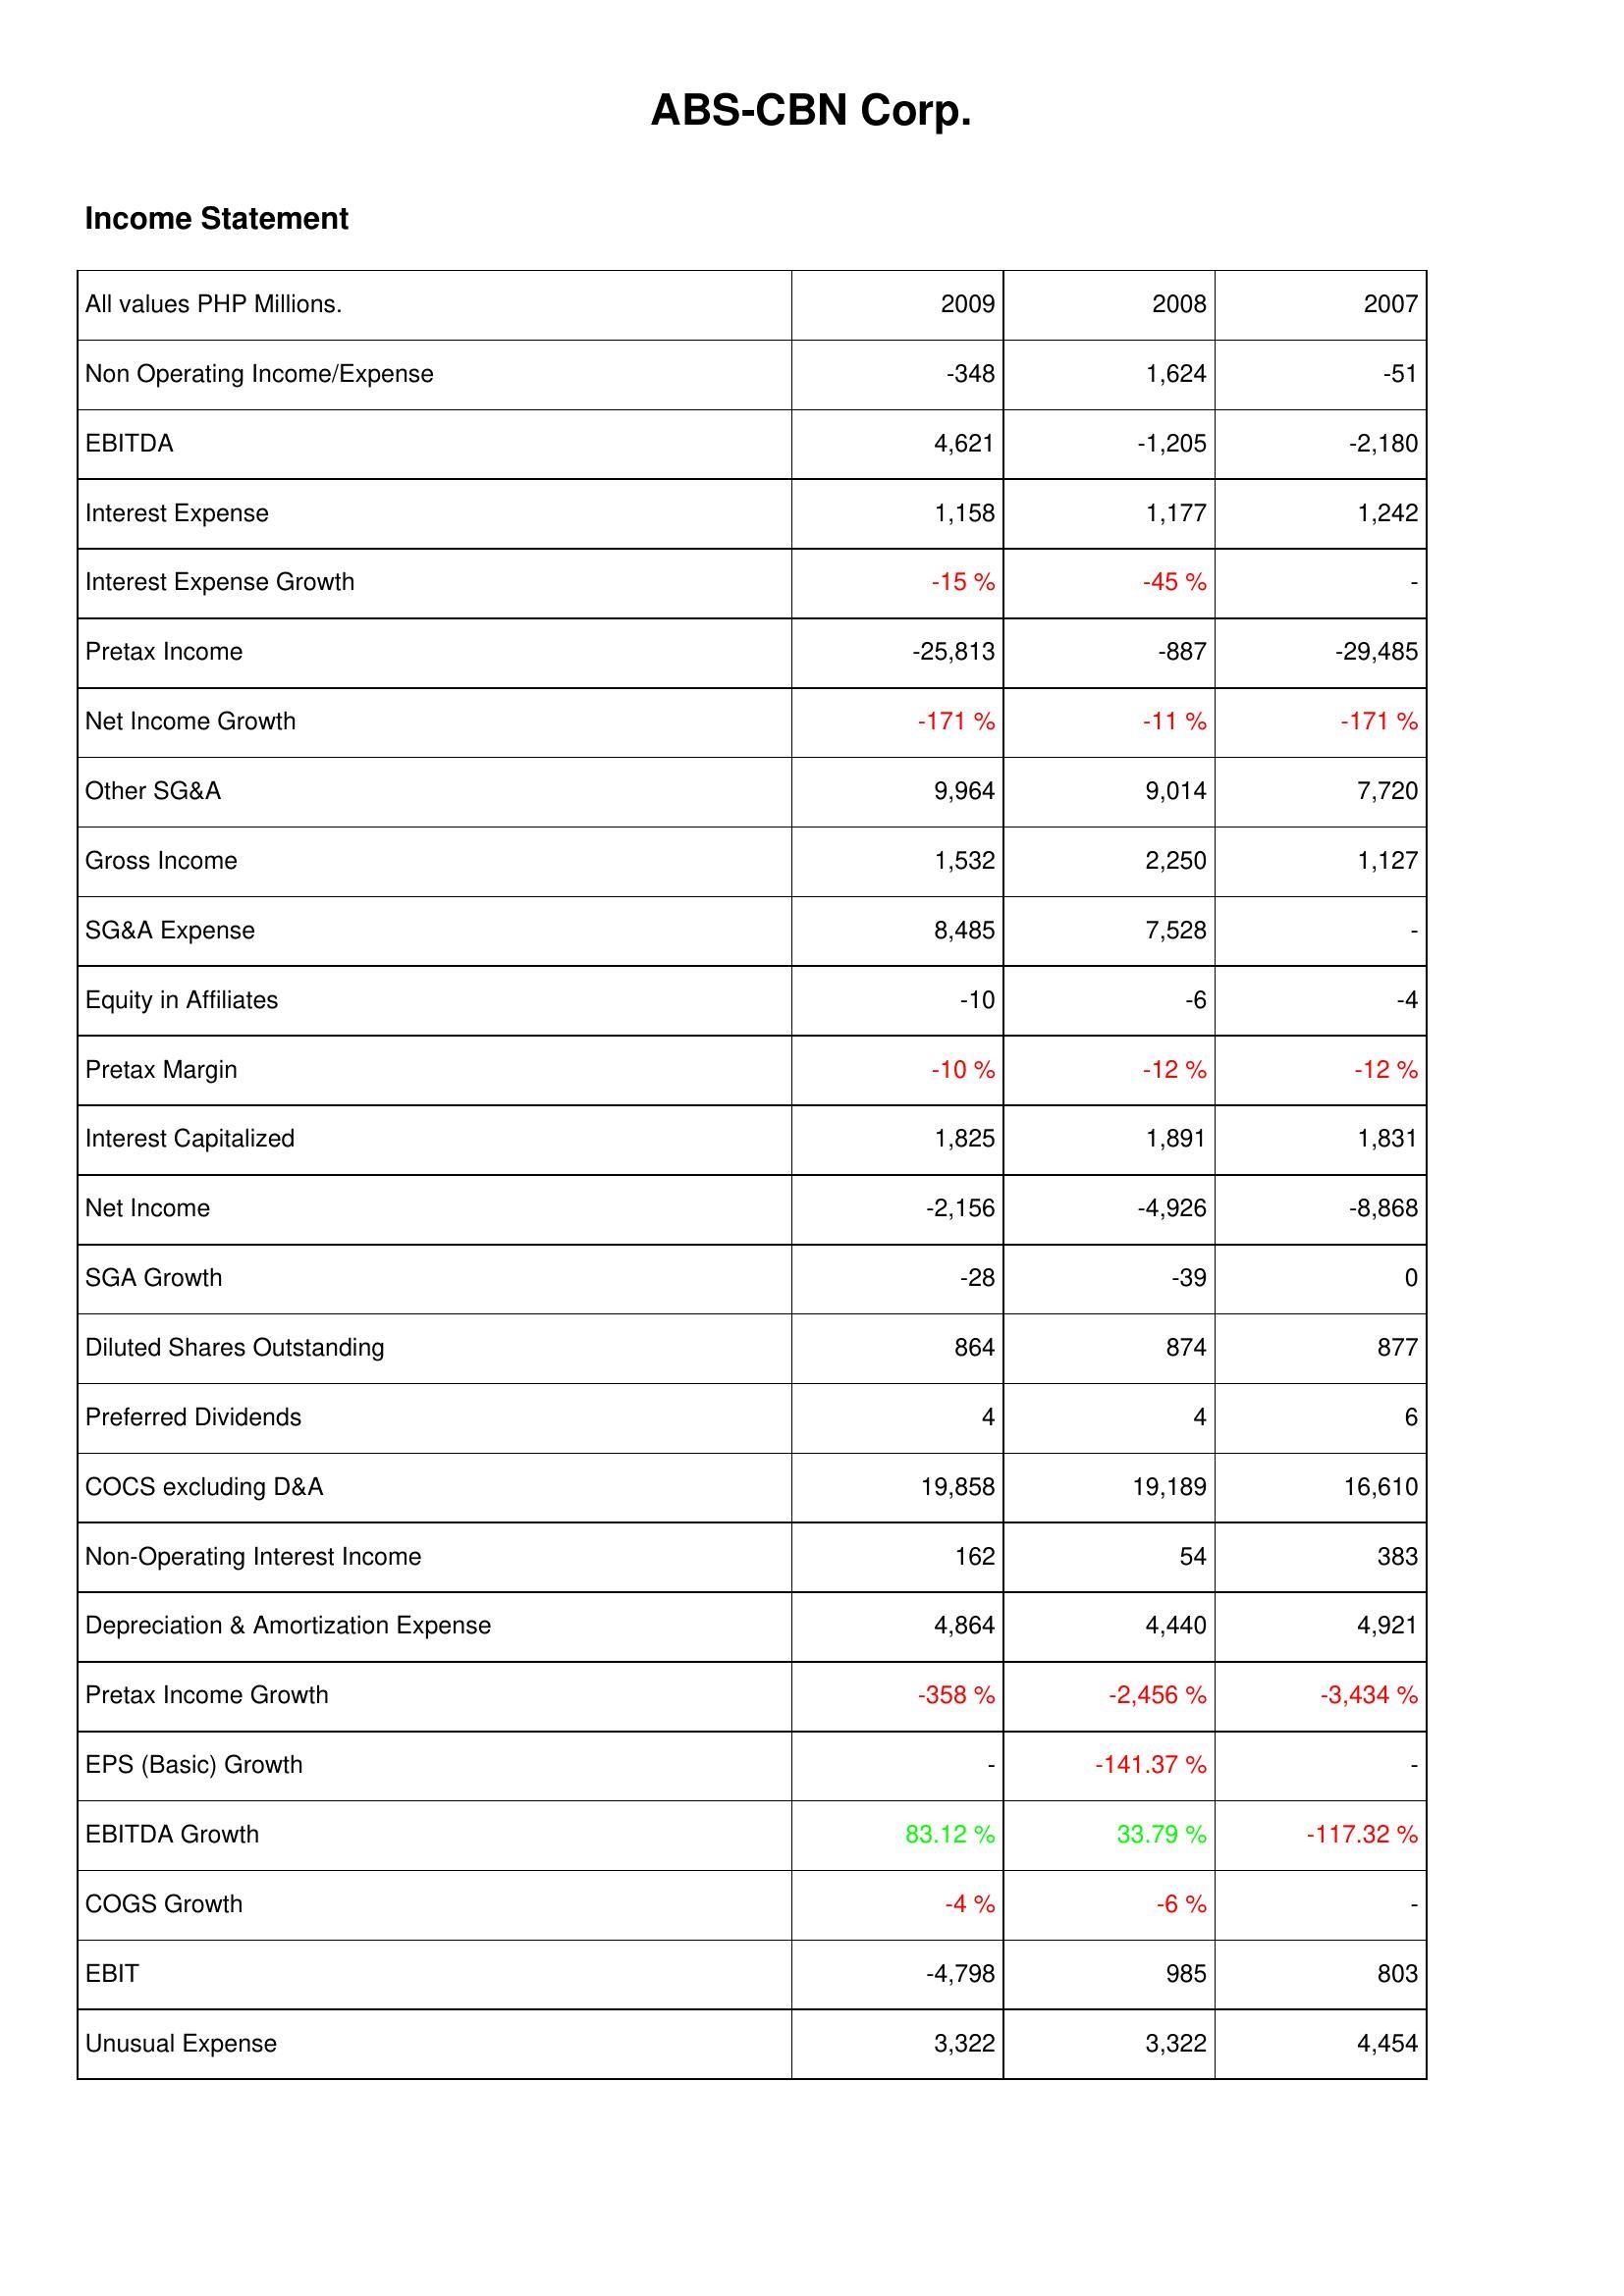
2009: Income Statement: Non Operating Income/Expense: -348
EBITDA: 4,621
Interest Expense: 1,158
Interest Expense Growth: -15 %
Pretax Income: -25,813
Net Income Growth: -171 %
Other SG&A: 9,964
Gross Income: 1,532
SG&A Expense: 8,485
Equity in Affiliates: -10
Pretax Margin: -10 %
Interest Capitalized: 1,825
Net Income: -2,156
SGA Growth: -28
Diluted Shares Outstanding: 864
Preferred Dividends: 4
COCS excluding D&A: 19,858
Non-Operating Interest Income: 162
Depreciation & Amortization Expense: 4,864
Pretax Income Growth: -358 %
EPS (Basic) Growth: -
EBITDA Growth: 83.12 %
COGS Growth: -4 %
EBIT: -4,798
Unusual Expense: 3,322
2008: Income Statement: Non Operating Income/Expense: 1,624
EBITDA: -1,205
Interest Expense: 1,177
Interest Expense Growth: -45 %
Pretax Income: -887
Net Income Growth: -11 %
Other SG&A: 9,014
Gross Income: 2,250
SG&A Expense: 7,528
Equity in Affiliates: -6
Pretax Margin: -12 %
Interest Capitalized: 1,891
Net Income: -4,926
SGA Growth: -39
Diluted Shares Outstanding: 874
Preferred Dividends: 4
COCS excluding D&A: 19,189
Non-Operating Interest Income: 54
Depreciation & Amortization Expense: 4,440
Pretax Income Growth: -2,456 %
EPS (Basic) Growth: -141.37 %
EBITDA Growth: 33.79 %
COGS Growth: -6 %
EBIT: 985
Unusual Expense: 3,322
2007: Income Statement: Non Operating Income/Expense: -51
EBITDA: -2,180
Interest Expense: 1,242
Interest Expense Growth: -
Pretax Income: -29,485
Net Income Growth: -171 %
Other SG&A: 7,720
Gross Income: 1,127
SG&A Expense: -
Equity in Affiliates: -4
Pretax Margin: -12 %
Interest Capitalized: 1,831
Net Income: -8,868
SGA Growth: 0
Diluted Shares Outstanding: 877
Preferred Dividends: 6
COCS excluding D&A: 16,610
Non-Operating Interest Income: 383
Depreciation & Amortization Expense: 4,921
Pretax Income Growth: -3,434 %
EPS (Basic) Growth: -
EBITDA Growth: -117.32 %
COGS Growth: -
EBIT: 803
Unusual Expense: 4,454